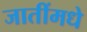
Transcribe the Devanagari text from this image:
जातींमधे